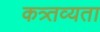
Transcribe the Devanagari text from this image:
कत्र्तव्यता